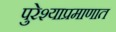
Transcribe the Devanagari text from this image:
पुरेश्याप्रमाणात